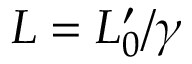
L = L _ { 0 } ^ { \prime } / \gamma